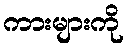
ကားများကို